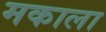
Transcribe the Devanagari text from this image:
मकाला